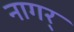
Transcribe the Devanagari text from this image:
नागर्